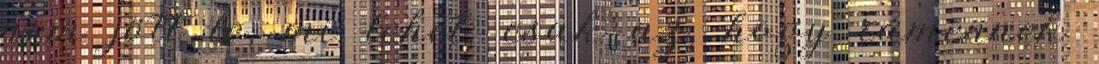
nem jött le, mi lehet, csak az, hogy rámennek